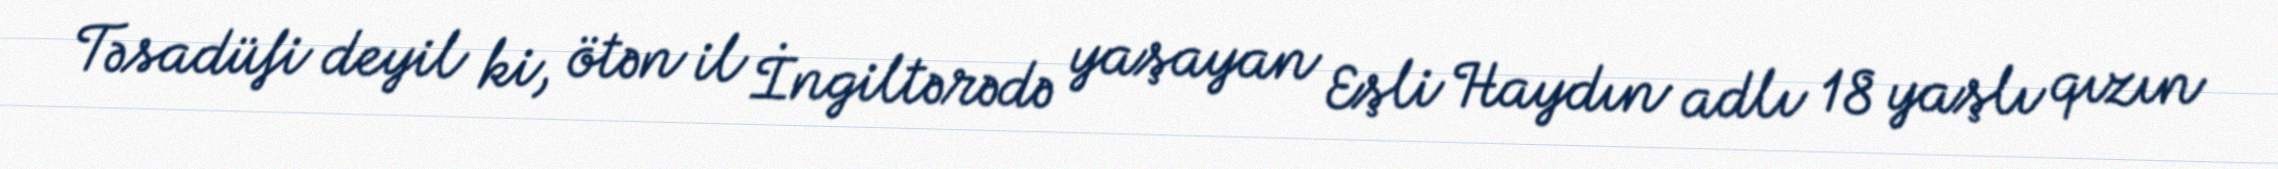
Təsadüfi deyil ki, ötən il İngiltərədə yaşayan Eşli Haydın adlı 18 yaşlı qızın